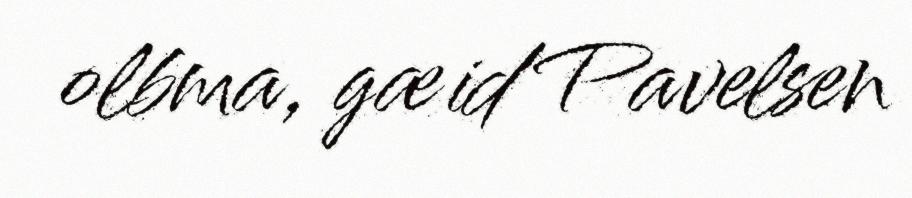
olbma, gæid Pavelsen